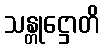
သန္တုဋ္ဌောတိ